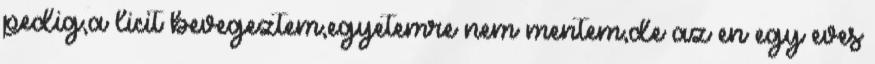
pedig,a licit bevegeztem,egyetemre nem mentem,de az en egy eves